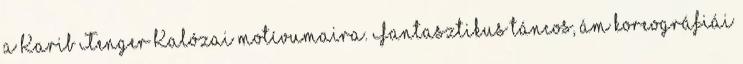
a Karib Tenger Kalózai motívumaira. Fantasztikus táncos, ám koreográfiái